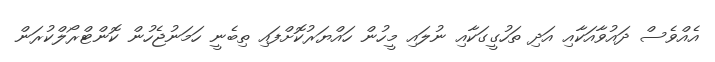
އެއްވެސް ދައުވާއަކާއި އަދި ތަހުގީގަކާއި ނުލައި މީހުން ހައްޔަރުކޮށްފައި ތިބެނީ ހަމަނުޖެހުން ކޮންޓްރޯލްކުރަން